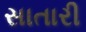
સાતારી